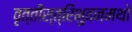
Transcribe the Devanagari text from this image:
वृत्तीस्त्रिभुवनमथो